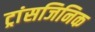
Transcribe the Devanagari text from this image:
ट्रांसजिनिक